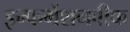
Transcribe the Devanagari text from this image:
इन्फर्मेशनवीक